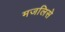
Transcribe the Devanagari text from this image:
मजलिसे